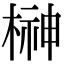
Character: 榊